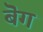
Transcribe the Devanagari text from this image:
बॆग